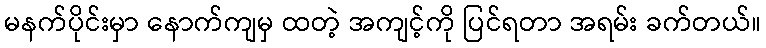
မနက်ပိုင်းမှာ နောက်ကျမှ ထတဲ့ အကျင့်ကို ပြင်ရတာ အရမ်း ခက်တယ်။